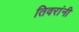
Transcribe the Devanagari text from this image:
तिवरांनी